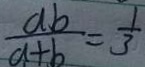
\frac { a b } { a + b } = \frac { 1 } { 3 }